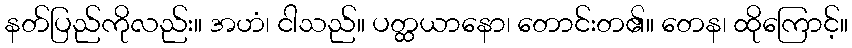
နတ်ပြည်ကိုလည်း။ အဟံ၊ ငါသည်။ ပတ္ထယာနော၊ တောင်းတ၏။ တေန၊ ထိုကြောင့်။